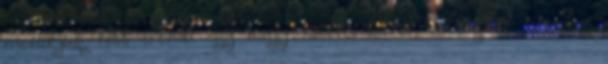
mondjuk több erőmű egy nagy tároló. Ettől változhat némileg